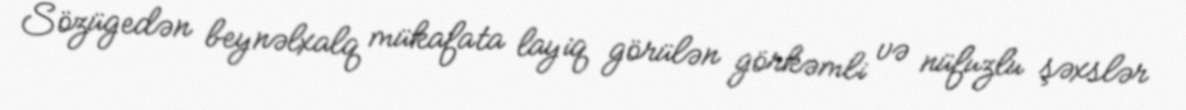
Sözügedən beynəlxalq mükafata layiq görülən görkəmli və nüfuzlu şəxslər